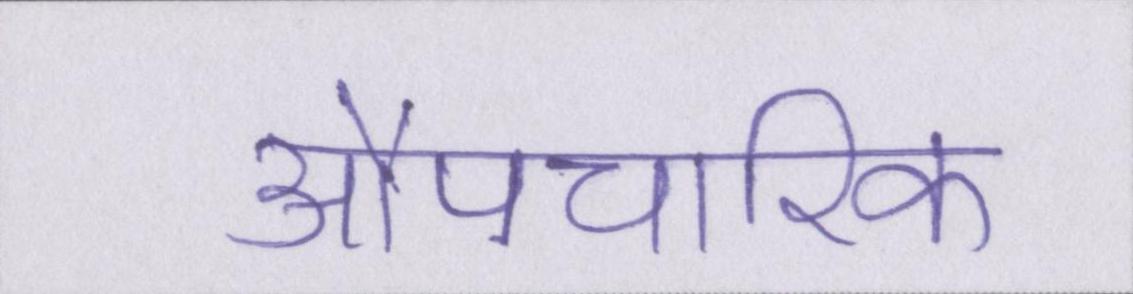
औपचारिक